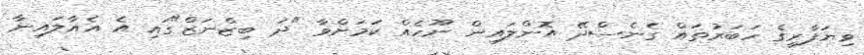
ވިޔަފާރީގެ ހަބަރުތައް ގެނެސްދޭ އޮންލައިން ނޫހެއް ކަމަށްވާ "ދަ ބިޒްނަޒް"ގައި އެ އެއާލައިނާ